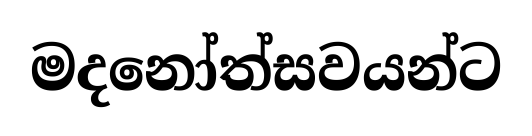
මදනෝත්සවයන්ට